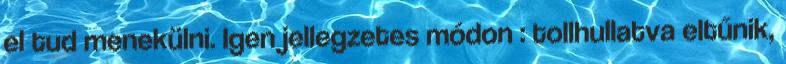
el tud menekülni. Igen jellegzetes módon : tollhullatva eltűnik,